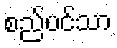
စည်ပင်သာ